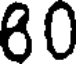
80